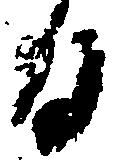
る